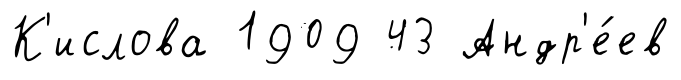
К'ислова 1909 43 Андр'е́ев